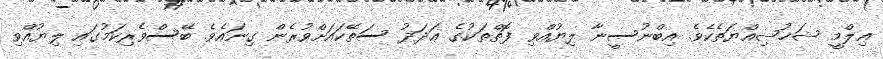
ޢިލްމީ ޝަޚުޞިއްޔަތެކެވެ. އިބްނުސީނާ ލިޔުއްވި ފޮތްތަކުގެ ޢަދަދު ސަތޭކައަށްވުރެން ގިނައެވެ. ބޭސްވެރިކަމުގައި ލިޔުއްވި